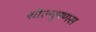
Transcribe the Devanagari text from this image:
सोल्यूषणस